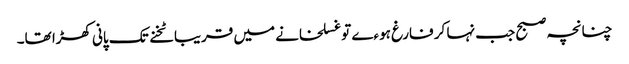
چنانچہ صبح جب نہا کر فارغ ہوءے تو غسلخانے میں قریبا ٹخنے تک پانی کھڑا تھا۔